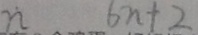
n 6 n + 2